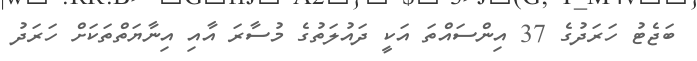
ބަޖެޓު ހަރަދުގެ 37 އިންސައްތަ އަކީ ދައުލަތުގެ މުސާރަ އާއި އިނާޔަތްތަކަށް ހަރަދު